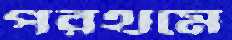
পরথমে